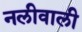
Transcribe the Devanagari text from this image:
नलीवाली